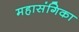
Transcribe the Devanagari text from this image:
महासंगिका